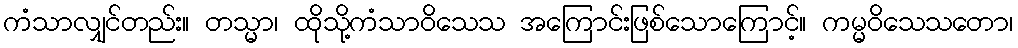
ကံသာလျှင်တည်း။ တသ္မာ၊ ထိုသို့ကံသာဝိသေသ အကြောင်းဖြစ်သောကြောင့်။ ကမ္မဝိသေသတော၊